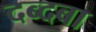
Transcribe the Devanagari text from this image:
दब्दबा